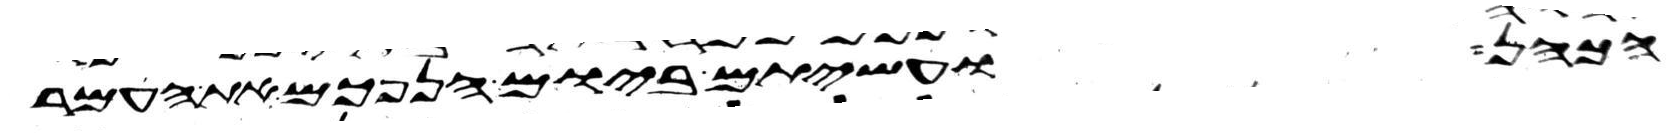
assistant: הכהן ועשיתם ביום הנפכם את העמר